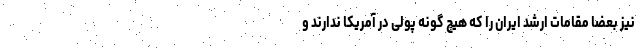
نیز بعضا مقامات ارشد ایران را که هیچ گونه پولی در آمریکا ندارند و